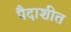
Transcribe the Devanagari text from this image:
पैदाशीत